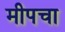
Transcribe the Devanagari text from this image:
मीपचा